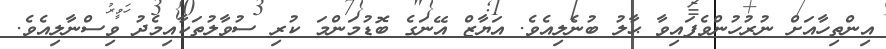
އިންތިހާއަށް ނުރުހުންވެފައިވާ ޙާލު ބުނެލިއެވެ. އަޔާޒް އޭނަގެ ބޮޑުމަންމަ ކުރި ސުވާލުތަކާއިމެދު ވިސްނާލިއެވެ.